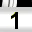
Digit: 1